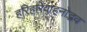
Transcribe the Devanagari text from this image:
हरिहरिवाहनोद्भव